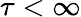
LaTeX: \tau<\infty